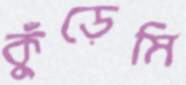
কুঁড়েমি